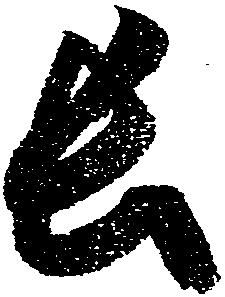
長